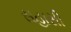
સહાસી